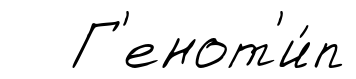
Г'енот'и́п